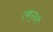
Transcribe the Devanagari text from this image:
एकर्समें